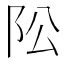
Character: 𱀄